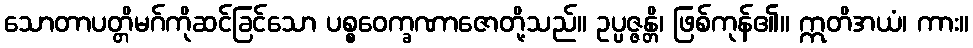
သောတာပတ္တိမဂ်ကိုဆင်ခြင်သော ပစ္စဝေက္ခဏာဇောတို့သည်။ ဥပ္ပဇ္ဇန္တိ၊ ဖြစ်ကုန်၏။ ဣတိအယံ၊ ကား။